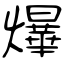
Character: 爗